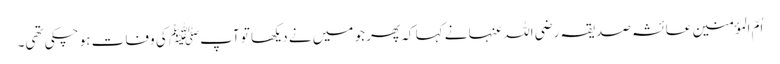
اُمّ المؤمنین عائشہ صدیقہ رضی اللہ عنہا نے کہا کہ پھر جو میں نے دیکھا تو آپﷺ کی وفات ہو چکی تھی۔